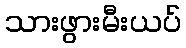
သားဖွားမီးယပ်